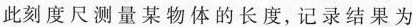
此刻度尺测量某物体的长度，记录结果为